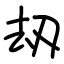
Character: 刼